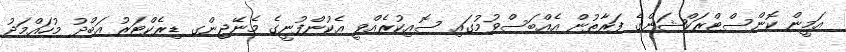
އަމީން ކޮންސްޓްރަކްޝަންގެ ފަރާތުން އެއްބަސްވުމުގައި ސޮއިކުރެއްވީ އެކުންފުނީގެ މެނޭޖިންގ ޑިރެކްޓަރު އަބްދު މުހައްމަދު